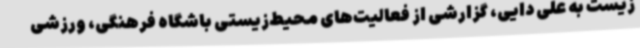
زیست به علی دایی، گزارشی از فعالیت‌های محیط‌زیستی باشگاه فرهنگی، ورزشی